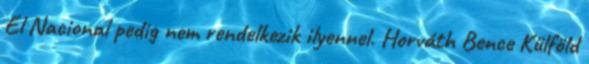
El Nacional pedig nem rendelkezik ilyennel. Horváth Bence Külföld